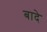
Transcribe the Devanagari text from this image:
बादे